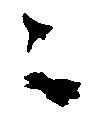
々